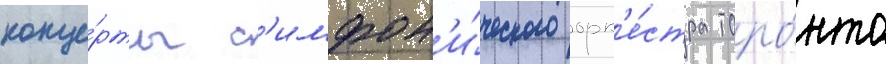
конце́рты с'имфон'и́ческого орк'е́стра торо́нто